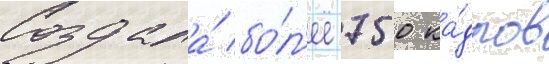
Создала́ бо́л'ее 750 ка́дров